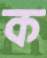
ক